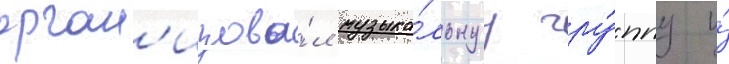
орган'изова́л музыка́льнуу гру́ппу и́